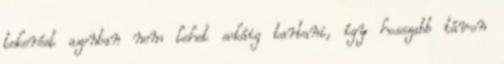
tekerést azonban nem lehet sokáig tartani, így hosszabb távon